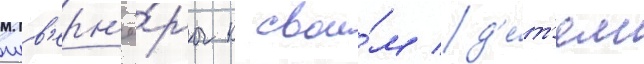
гув'ерн'ё́ры к свои́м д'е́т'ям